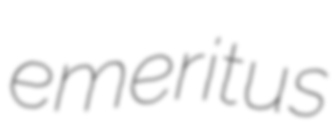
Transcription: emeritus